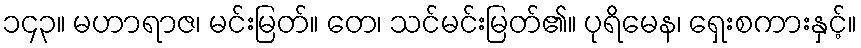
၁၄၃။ မဟာရာဇ၊ မင်းမြတ်။ တေ၊ သင်မင်းမြတ်၏။ ပုရိမေန၊ ရှေးစကားနှင့်။